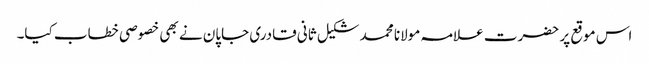
اس موقع پر حضرت علامہ مولانا محمد شکیل ثانی قادری جاپان نے بھی خصوصی خطاب کیا۔